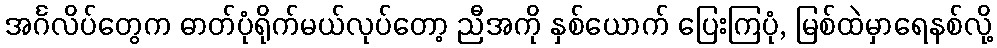
အင်္ဂလိပ်တွေက ဓာတ်ပုံရိုက်မယ်လုပ်တော့ ညီအကို နှစ်ယောက် ပြေးကြပုံ, မြစ်ထဲမှာရေနစ်လို့